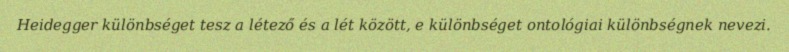
Heidegger különbséget tesz a létező és a lét között, e különbséget ontológiai különbségnek nevezi.